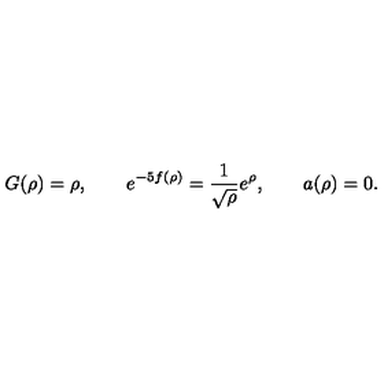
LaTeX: G ( \rho ) = \rho , \qquad e ^ { - 5 f ( \rho ) } = \frac { 1 } { \sqrt { \rho } } e ^ { \rho } , \qquad a ( \rho ) = 0 .